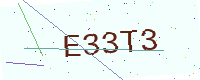
Text: E33T3